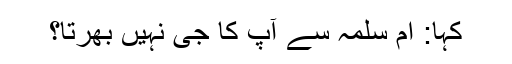
کہا: ام سلمہ سے آپ کا جی نہیں بھرتا؟